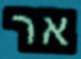
אר